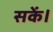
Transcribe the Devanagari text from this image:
सकेंं।